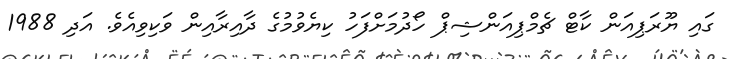
ގައި ޔޫރަޕިއަން ކާޓް ޗެމްޕިއަންޝިޕް ހޯދުމަށްފަހު ކިޔެވުމުގެ ދާއިރާއިން ވަކިވިއެވެ. އަދި 1988